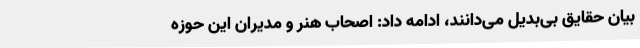
بیان حقایق بی‌بدیل می‌دانند، ادامه داد: اصحاب هنر و مدیران این حوزه